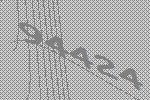
94424